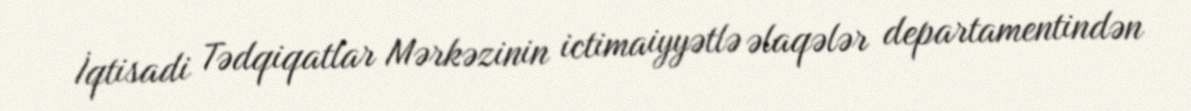
İqtisadi Tədqiqatlar Mərkəzinin ictimaiyyətlə əlaqələr departamentindən